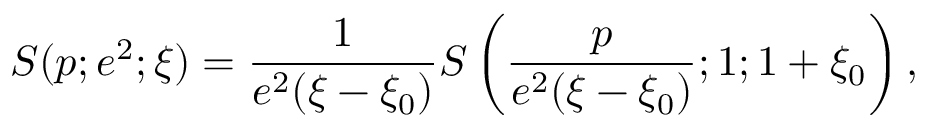
S ( p ; e ^ { 2 } ; \xi ) = \frac { 1 } { e ^ { 2 } ( \xi - \xi _ { 0 } ) } S \left( \frac { p } { e ^ { 2 } ( \xi - \xi _ { 0 } ) } ; 1 ; 1 + \xi _ { 0 } \right) ,